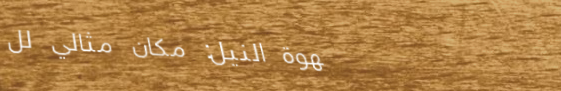
قهوة النيل: مكان مثالي لل